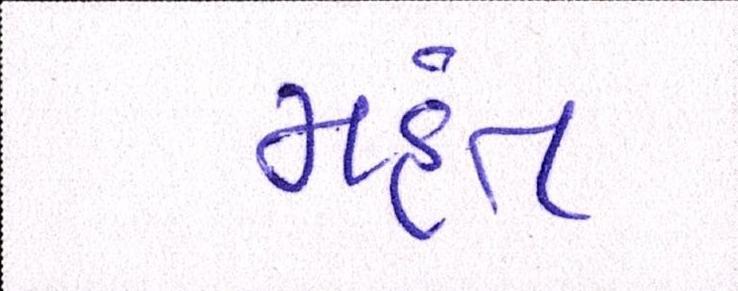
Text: મહંત